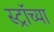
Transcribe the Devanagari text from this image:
स्ट्रॉच्या